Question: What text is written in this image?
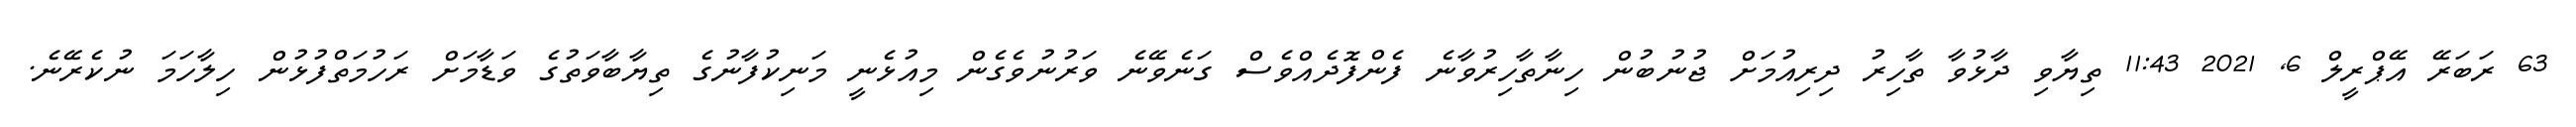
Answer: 63 ރަބަރޭ އޭޕްރީލް 6, 2021 11:43 ތިޔާވި ދާޅުވާ ތާހިރު ދިރިއުމަށް ޖުނުބުން ހިނާތާހިރުވާނެ ފެންފޮދެއްވެސް ގަނެވޭނެ ވަރުނުވެގެން މިއުޅެނީ މަނިކުފާނުގެ ތިޔާބާވަތުގެ ވަޑާމަށް ރަހުމަތްފުޅުން ހިލާހަމަ ނުކެރޭނެ.